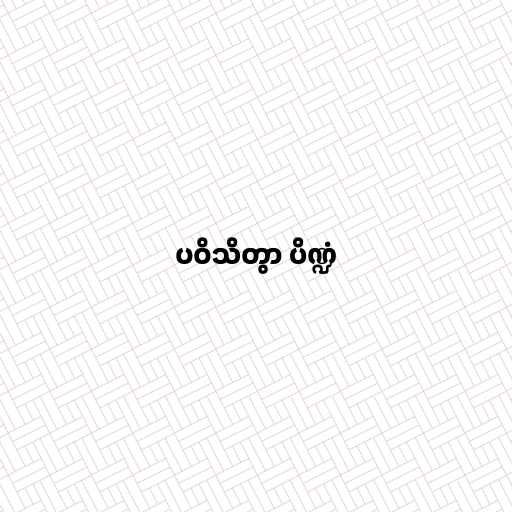
ပဝိသိတွာ ပိဏ္ဍံ